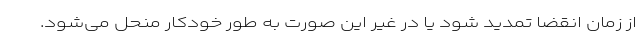
از زمان انقضا تمدید شود یا در غیر این صورت به طور خودکار منحل می‌شود.